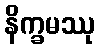
နိက္ခမဿု